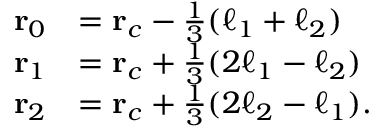
\begin{array} { r l } { \mathbf { r } _ { 0 } } & { = \mathbf { r } _ { c } - \frac { 1 } { 3 } ( \boldsymbol { \ell } _ { 1 } + \boldsymbol { \ell } _ { 2 } ) } \\ { \mathbf { r } _ { 1 } } & { = \mathbf { r } _ { c } + \frac { 1 } { 3 } ( 2 \boldsymbol { \ell } _ { 1 } - \boldsymbol { \ell } _ { 2 } ) } \\ { \mathbf { r } _ { 2 } } & { = \mathbf { r } _ { c } + \frac { 1 } { 3 } ( 2 \boldsymbol { \ell } _ { 2 } - \boldsymbol { \ell } _ { 1 } ) . } \end{array}